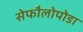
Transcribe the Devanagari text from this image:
सेफौलोपोडा